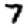
Digit: 7